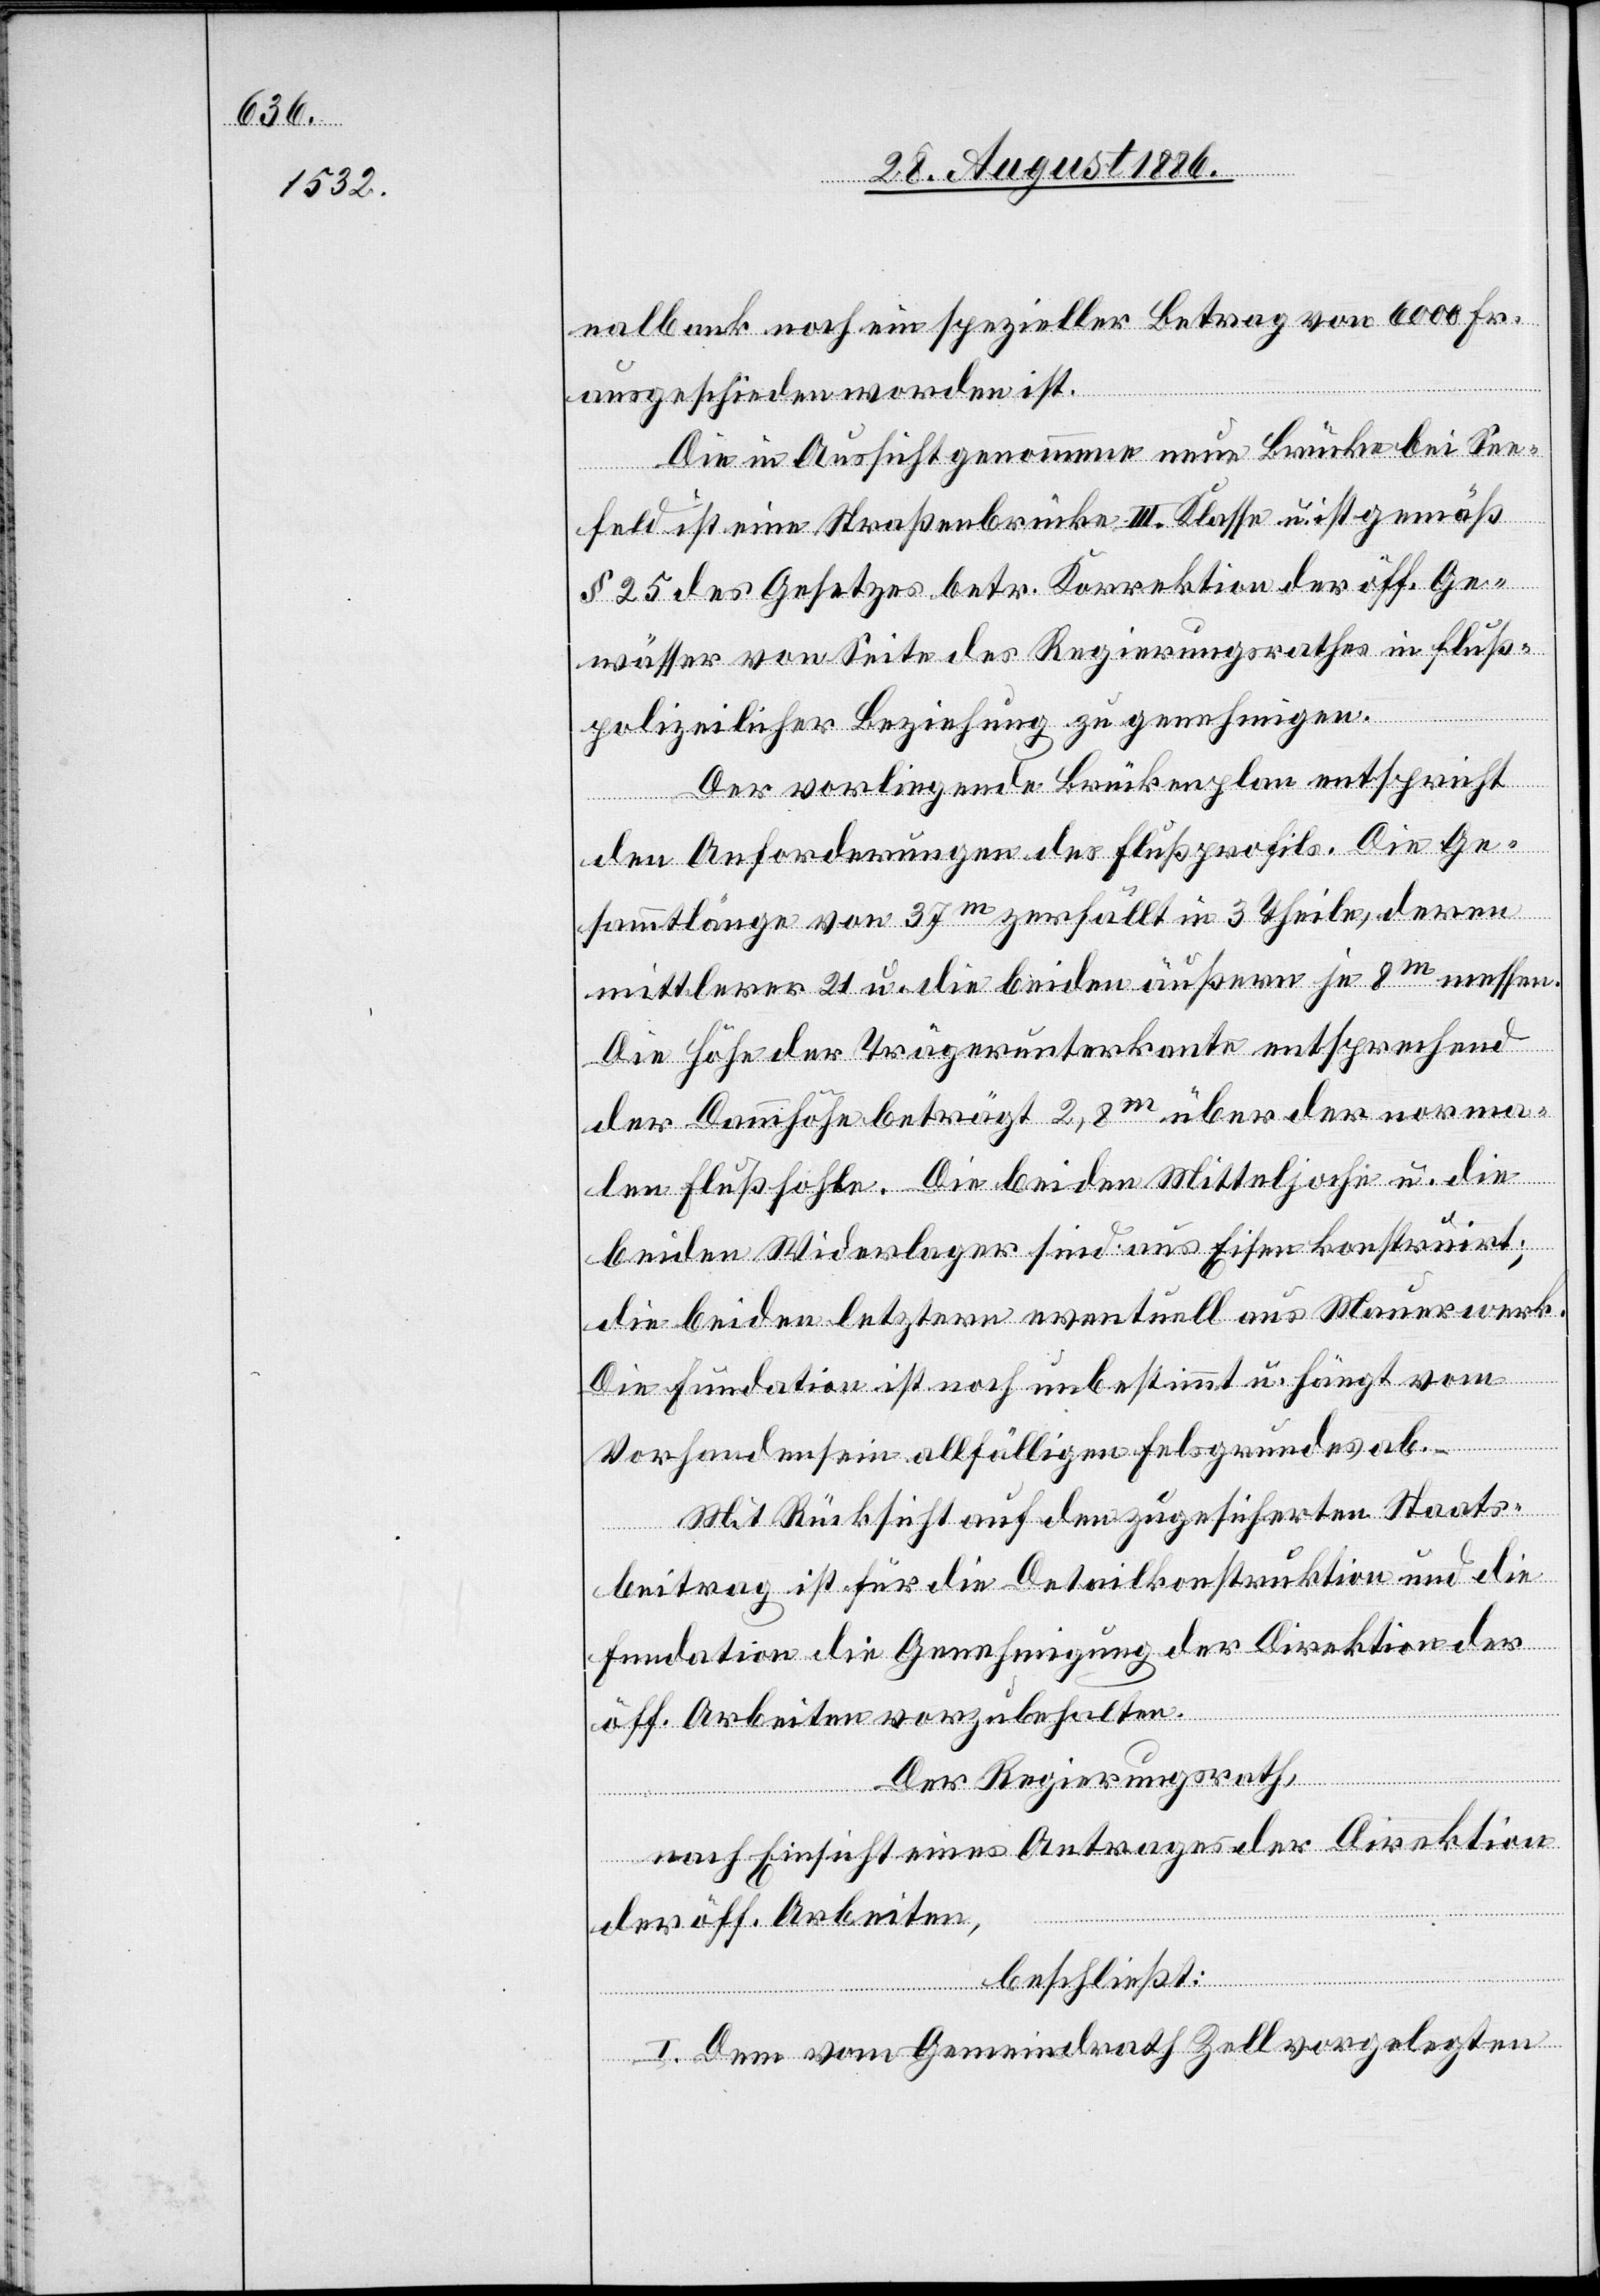
nalbank noch ein spezieller Betrag von 6000 Fr.
ausgeschieden worden ist.
Die in Aussicht genommene neue Brücke bei See¬
feld ist eine Straßenbrücke III. Klasse u. ist gemäß
§ 25 des Gesetzes betr. Korrektion der öff. Ge¬
wässer von Seite des Regierungsrathes in fluß¬
polizeilicher Beziehung zu genehmigen.
Der vorliegende Brückenplan entspricht
den Anforderungen des Flußprofils. Die Ge¬
sammtlänge von 37m zerfällt in 3 Theile, deren
mittlerer 21 u. die beiden äußern je 8m messen.
Die Höhe der Trägerunterkante entsprechend
der Dammhöhe beträgt 2,8m über der norma¬
len Flußsohle. Die beiden Mitteljoche u. die
beiden Widerlager sind aus Eisen konstruirt;
die beiden letztern eventuell aus Mauerwerk.
Die Fundation ist noch unbestimmt u. hängt vom
Vorhandensein allfälligen Felsgrundes ab.
Mit Rücksicht auf den zugesicherten Staats¬
beitrag ist für die Detailkonstruktion u. die
Fundation die Genehmigung der Direktion der
öff. Arbeiten vorzubehalten.
Der Regierungsrath,
nach Einsicht eines Antrages der Direktion
der öff. Arbeiten,
beschließt:
I. Dem vom Gemeindrath Zell vorgelegten